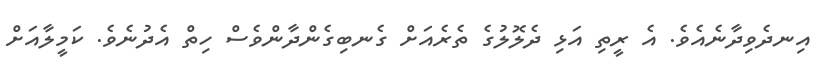
އިނދެވިދާނެއެވެ. އެ ރީތި އަޅި ދެލޮލުގެ ތެރެއަށް ގެނބިގެންދާންވެސް ހިތް އެދުނެވެ. ކަމީލާއަށް